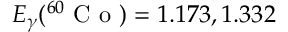
E _ { \gamma } ( ^ { 6 0 } \textrm { C o } ) = 1 . 1 7 3 , 1 . 3 3 2